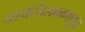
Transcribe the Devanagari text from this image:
यशस्तिलकामधून